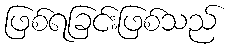
ဖြစ်ရခြင်းဖြစ်သည်